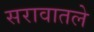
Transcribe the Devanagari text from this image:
सरावातले